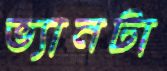
ভ্যানটা